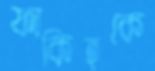
ফাকিহকে